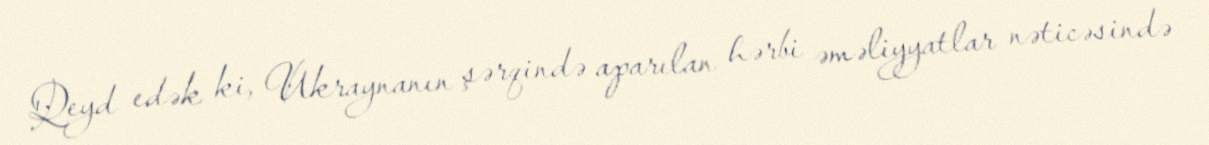
Qeyd edək ki, Ukraynanın şərqində aparılan hərbi əməliyyatlar nəticəsində